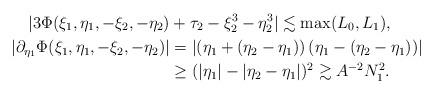
LaTeX: \begin{align*}|3\Phi(\xi_1,\eta_1,-\xi_2,-\eta_2) & + \tau_2 -\xi_2^3 - \eta_2^3| \lesssim \max (L_0,L_1),\\ |\partial_{\eta_1}\Phi(\xi_1,\eta_1,-\xi_2,-\eta_2)| & =|(\eta_1 + (\eta_2-\eta_1) )\, (\eta_1- (\eta_2-\eta_1))|\\& \geq (|\eta_1| - |\eta_2-\eta_1| )^2 \gtrsim A^{-2} N_1^2.\end{align*}